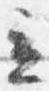
立